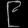
Digit: ၉